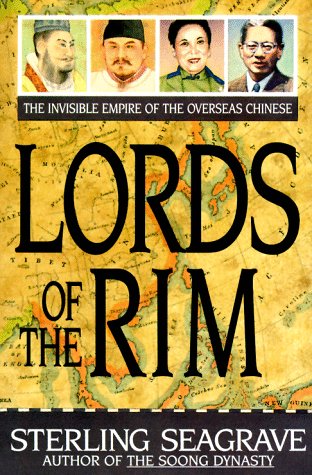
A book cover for Lords of the Rim; Sterling Seagrave; Business & Money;